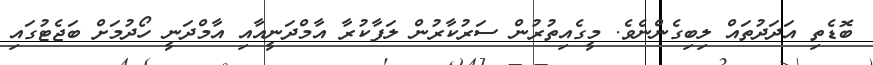
ބޮޑެތި އަދަދުތައް ލިބިގެންނެވެ. މީގެއިތުރުން ސަރުކާރުން ލަފާކުރާ އާމްދަނީއާއި އާމްދަނީ ހޯދުމަށް ބަޖެޓުގައި